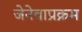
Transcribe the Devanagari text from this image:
जेनेवाप्रक्रम